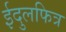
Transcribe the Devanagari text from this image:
ईदुलफित्र